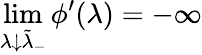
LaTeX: \operatorname*{lim}_{\lambda\downarrow\tilde{\lambda}_{-}}\phi^{\prime}(\lambda)=-\infty